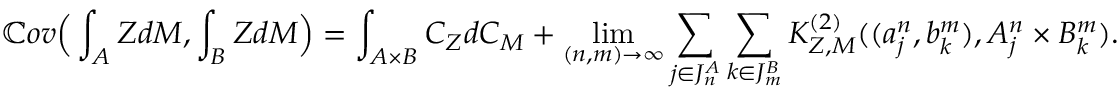
\mathbb { C } o v \Big ( \int _ { A } Z d M , \int _ { B } Z d M \Big ) = \int _ { A \times B } C _ { Z } d C _ { M } + \operatorname* { l i m } _ { ( n , m ) \to \infty } \sum _ { j \in J _ { n } ^ { A } } \sum _ { k \in J _ { m } ^ { B } } K _ { Z , M } ^ { ( 2 ) } ( ( a _ { j } ^ { n } , b _ { k } ^ { m } ) , A _ { j } ^ { n } \times B _ { k } ^ { m } ) .